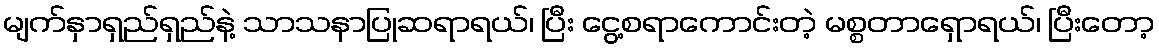
မျက်နှာရှည်ရှည်နဲ့ သာသနာပြုဆရာရယ်၊ ပြီး ငွေ့စရာကောင်းတဲ့ မစ္စတာရှောရယ်၊ ပြီးတော့